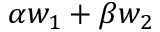
\alpha w _ { 1 } + \beta w _ { 2 }